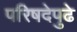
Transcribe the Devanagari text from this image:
परिषदेपुढे